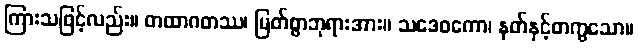
ကြားသဖြင့်လည်း။ တထာဂတဿ၊ မြတ်စွာဘုရားအား။ သဒေဝကော၊ နတ်နှင့်တကွသော။